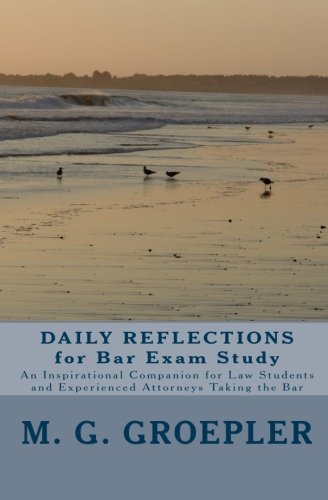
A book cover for Daily Reflections For Bar Exam Study: An Inspirational Companion For Law Students And Experienced Attorneys Taking The Bar; M. G. Groepler; Test Preparation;